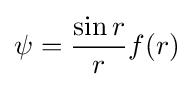
\psi ={\frac {\sin r}{r}}f(r)